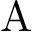
\mathrm { A }